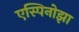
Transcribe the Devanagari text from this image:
एस्पिनोझा